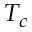
T _ { c }